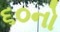
૬૦નો